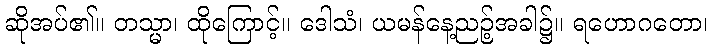
ဆိုအပ်၏။ တသ္မာ၊ ထိုကြောင့်။ ဒေါသံ၊ ယမန်နေ့ညဉ့်အခါ၌။ ရဟောဂတော၊